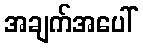
အချက်အပေါ်